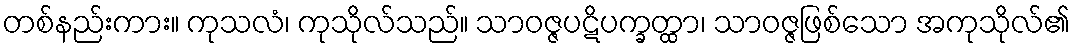
တစ်နည်းကား။ ကုသလံ၊ ကုသိုလ်သည်။ သာဝဇ္ဇပဋိပက္ခတ္ထာ၊ သာဝဇ္ဇဖြစ်သော အကုသိုလ်၏